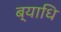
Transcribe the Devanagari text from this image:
ब्‍याधि